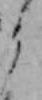
よ